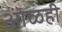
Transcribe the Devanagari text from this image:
ओळही